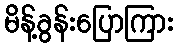
မိန့်ခွန်းပြောကြား